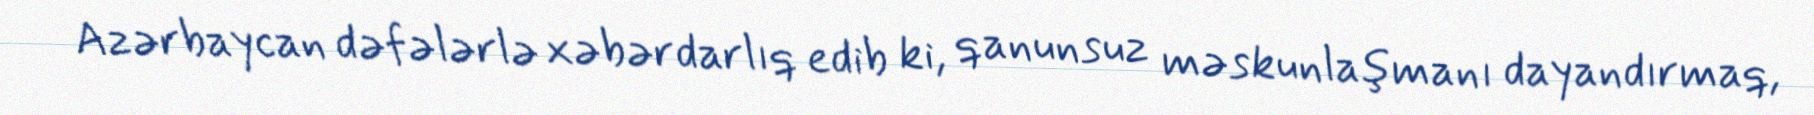
Azərbaycan dəfələrlə xəbərdarlıq edib ki, qanunsuz məskunlaşmanı dayandırmaq,